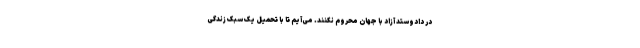
در دادوستد آزاد با جهان محروم نکنند. می‌آیم تا با تحمیل یک سبک زندگی